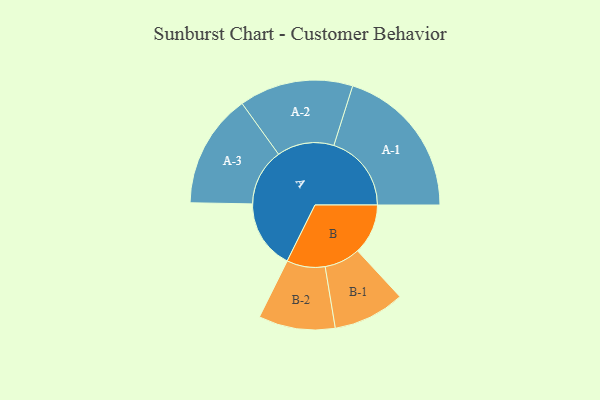
{"axis": {"x": "Segment", "y": "Value"}, "legend": ["", "A", "B"], "data": [{"x": "A", "y": 222, "type": ""}, {"x": "B", "y": 162, "type": ""}, {"x": "A-1", "y": 249, "type": "A"}, {"x": "A-2", "y": 183, "type": "A"}, {"x": "A-3", "y": 183, "type": "A"}, {"x": "B-1", "y": 115, "type": "B"}, {"x": "B-2", "y": 123, "type": "B"}]}